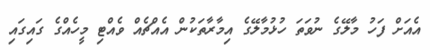
އެއަށް ފަހު މާލޭގެ ނުވަތަ ހުޅުމާލޭގެ އިމާރާތަކުން އެއްޗެއް ވެއްޓި މީހެއްގެ ގައިގައި